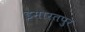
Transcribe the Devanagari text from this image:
इमारतपुर